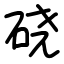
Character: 硗